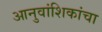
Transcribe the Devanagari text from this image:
आनुवांशिकांचा